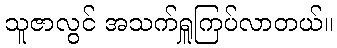
သူဇာလွင် အသက်ရှူကြပ်လာတယ်။